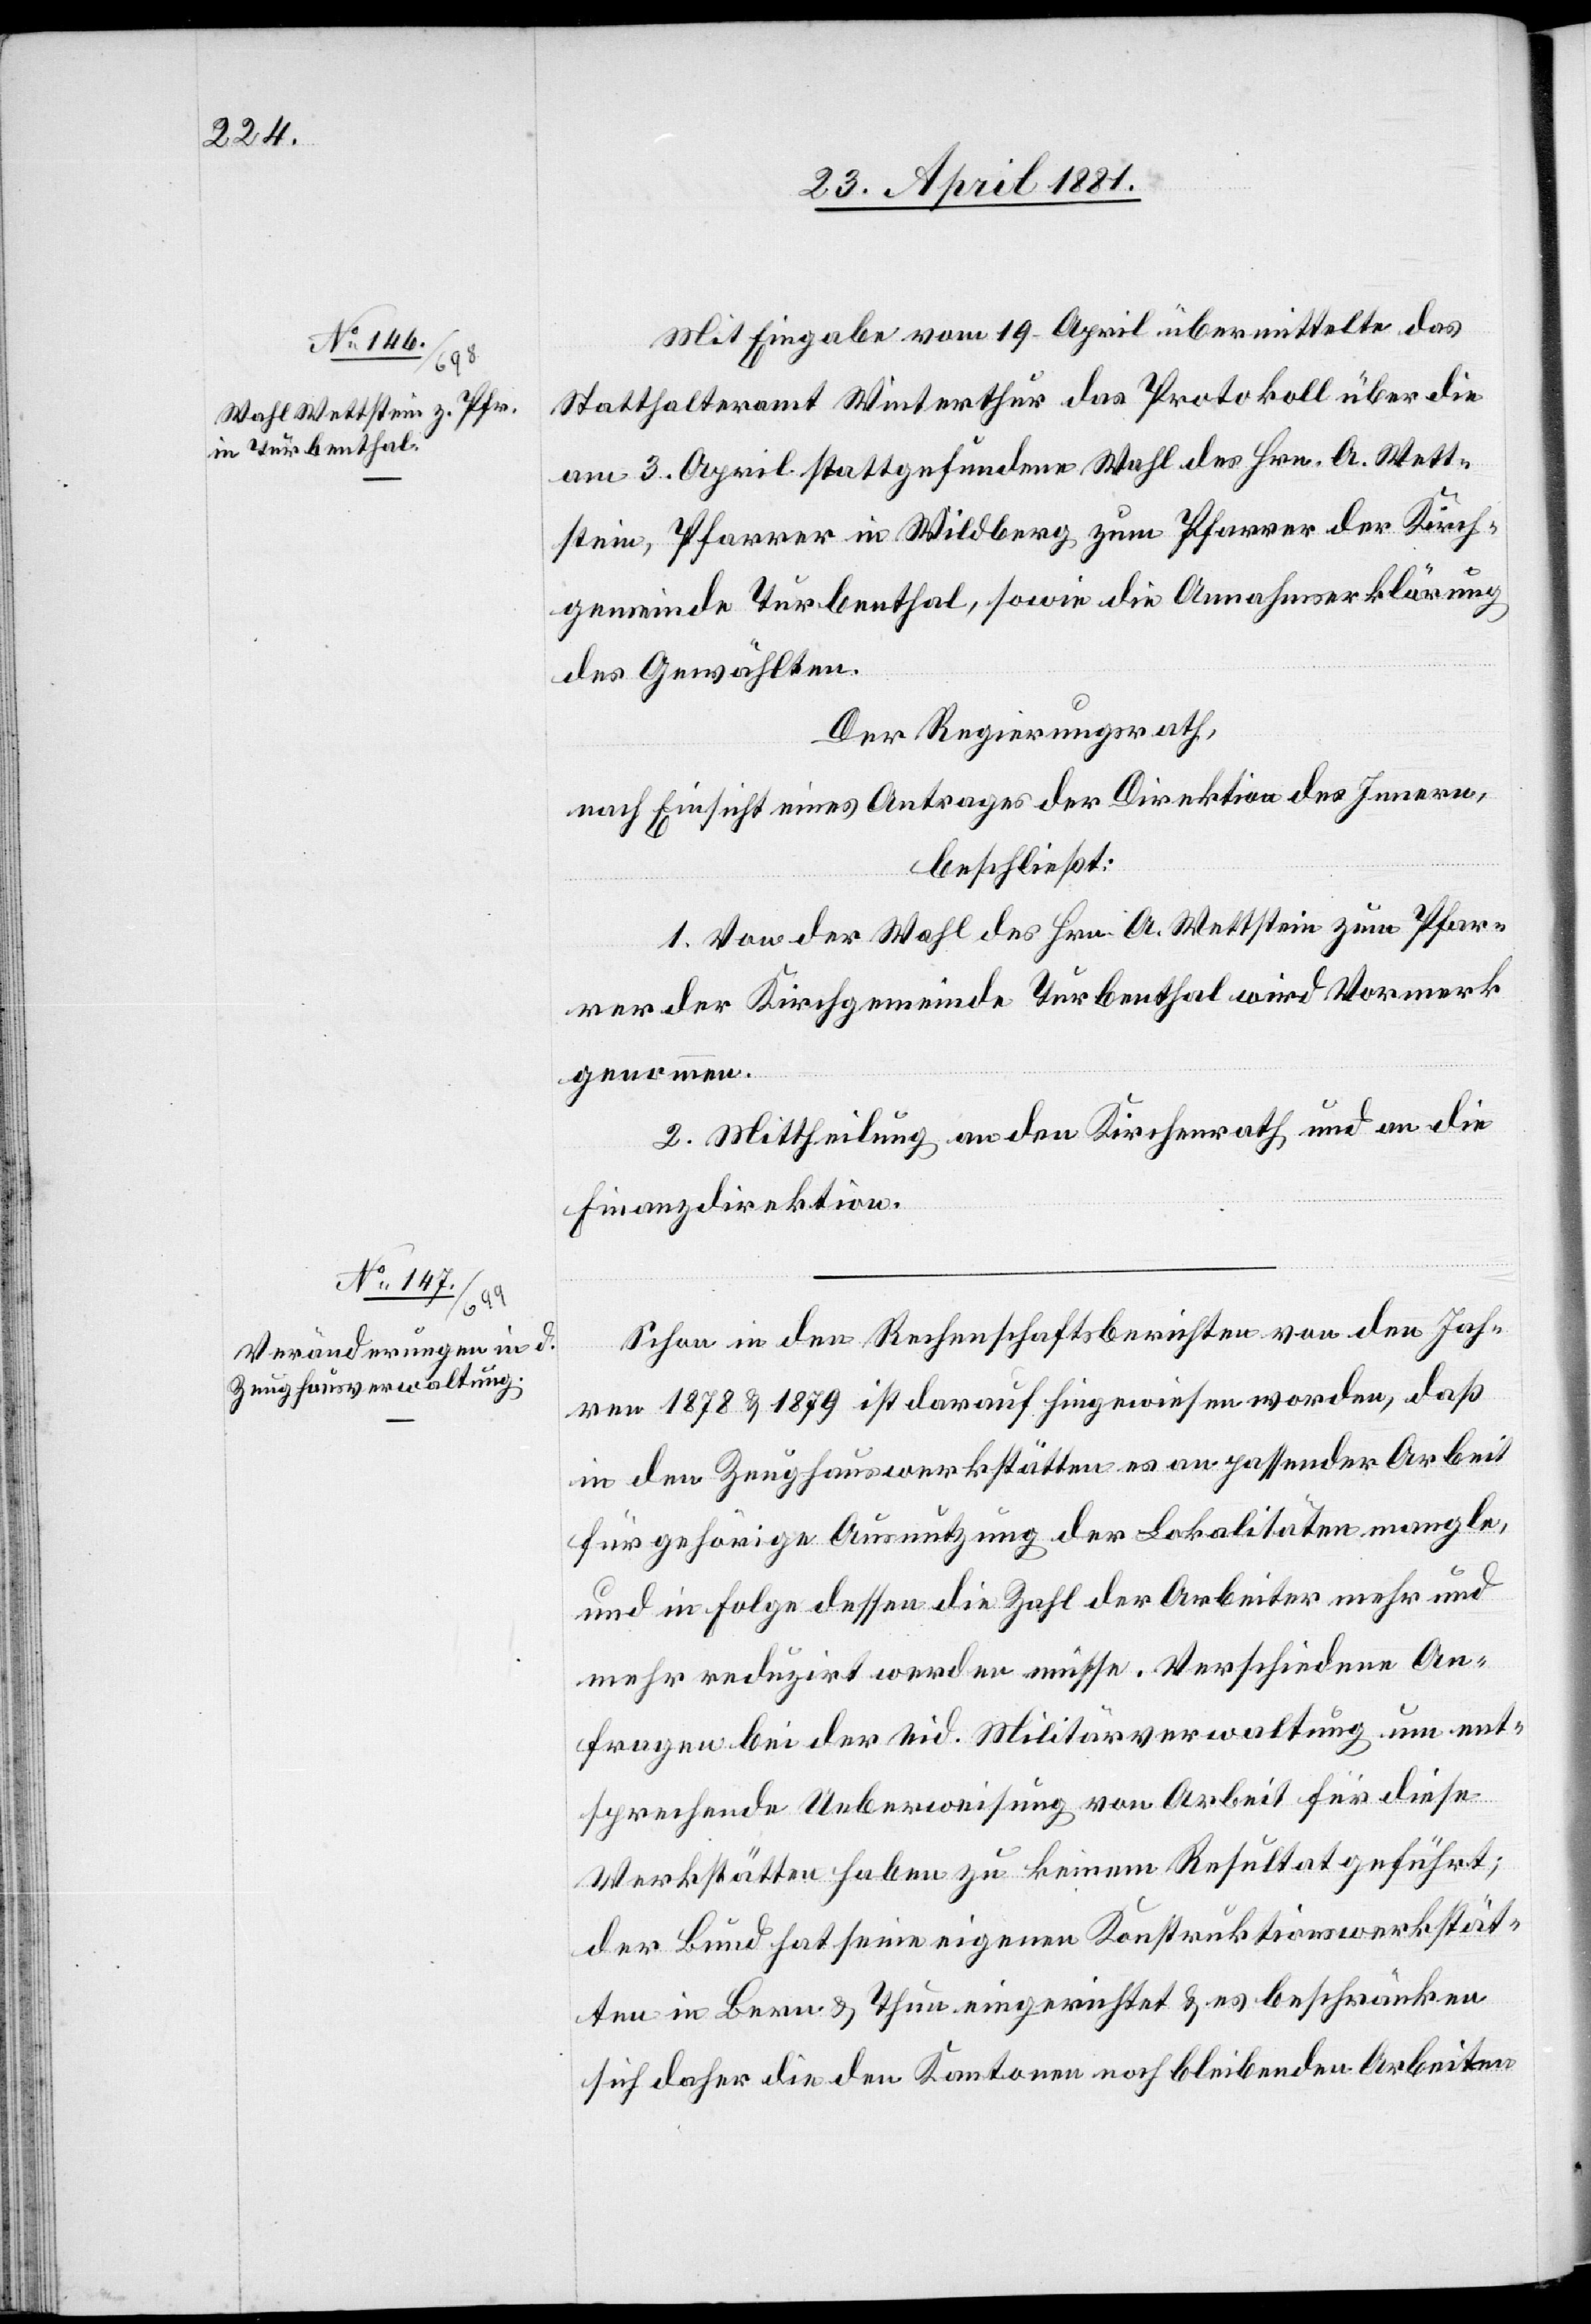
Mit Eingabe vom 19. April übermittelte das
Statthalteramt Winterthur das Protokoll über die
am 3. April stattgefundene Wahl des Hrn. A. Wett¬
stein, Pfarrer in Wildberg zum Pfarrer der Kirch¬
gemeinde Turbenthal, sowie die Annahmserklärung
des Gewählten.
Der Regierungsrath,
nach Einsicht eines Antrages der Direktion des Innern,
beschließt:
1. Von der Wahl des Hrn. A. Wettstein zum Pfar¬
rer der Kirchgemeinde Turbenthal wird Vormerk
genommen.
2. Mittheilung an den Kirchenrath und an die
Finanzdirektion.
Schon in den Rechenschaftsberichten von den Jah¬
ren 1878 & 1879 ist darauf hingewiesen worden, daß
in den Zeughauswerkstätten es an passender Arbeit
für gehörige Ausnutzung der Lokalitäten mangle,
und in Folge dessen die Zahl der Arbeiter mehr und
mehr reduzirt werden müsse. Verschiedene An¬
fragen bei der eid. Militärverwaltung um ent¬
sprechende Ueberweisung von Arbeit für diese
Werkstätte haben zu keinem Resultat geführt;
der Bund hat seine eigenen Konstruktionswerkstät¬
ten in Bern & Thun eingerichtet & es beschränken
sich daher die den Kantonen noch bleibenden Arbeiten